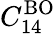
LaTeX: C_{14}^{\mathrm{BO}}